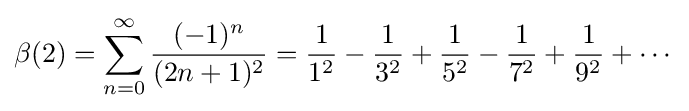
\beta (2)=\sum _{n=0}^{\infty }{\frac {(-1)^{n}}{(2n+1)^{2}}}={\frac {1}{1^{2}}}-{\frac {1}{3^{2}}}+{\frac {1}{5^{2}}}-{\frac {1}{7^{2}}}+{\frac {1}{9^{2}}}+\cdots